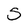
Character: S